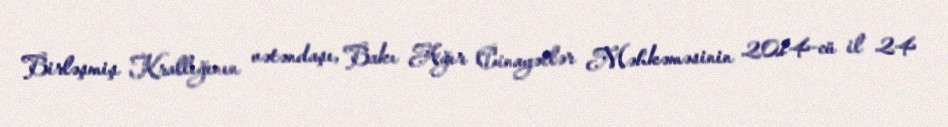
Birləşmiş Krallığının vətəndaşı, Bakı Ağır Cinayətlər Məhkəməsinin 2014-cü il 24